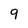
Character: 9